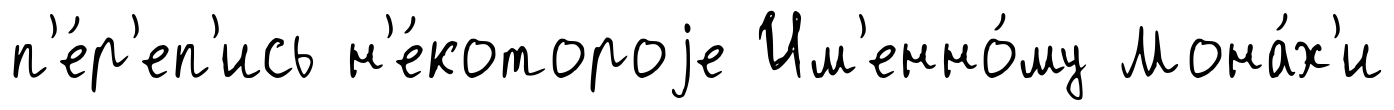
п'е́р'еп'ись н'е́котороjе Им'енно́му Мона́х'и